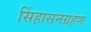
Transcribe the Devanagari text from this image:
सिंहासनग्रहण